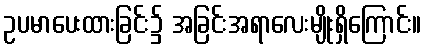
ဥပမာပေးထားခြင်း၌ အခြင်းအရာလေးမျိုးရှိကြောင်း။